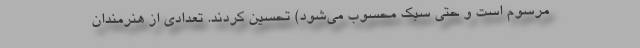
مرسوم است و حتی سبک محسوب می‌شود) تحسین کردند. تعدادی از هنرمندان